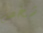
شخص